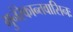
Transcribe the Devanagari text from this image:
मुनेरेकान्तवासिनः